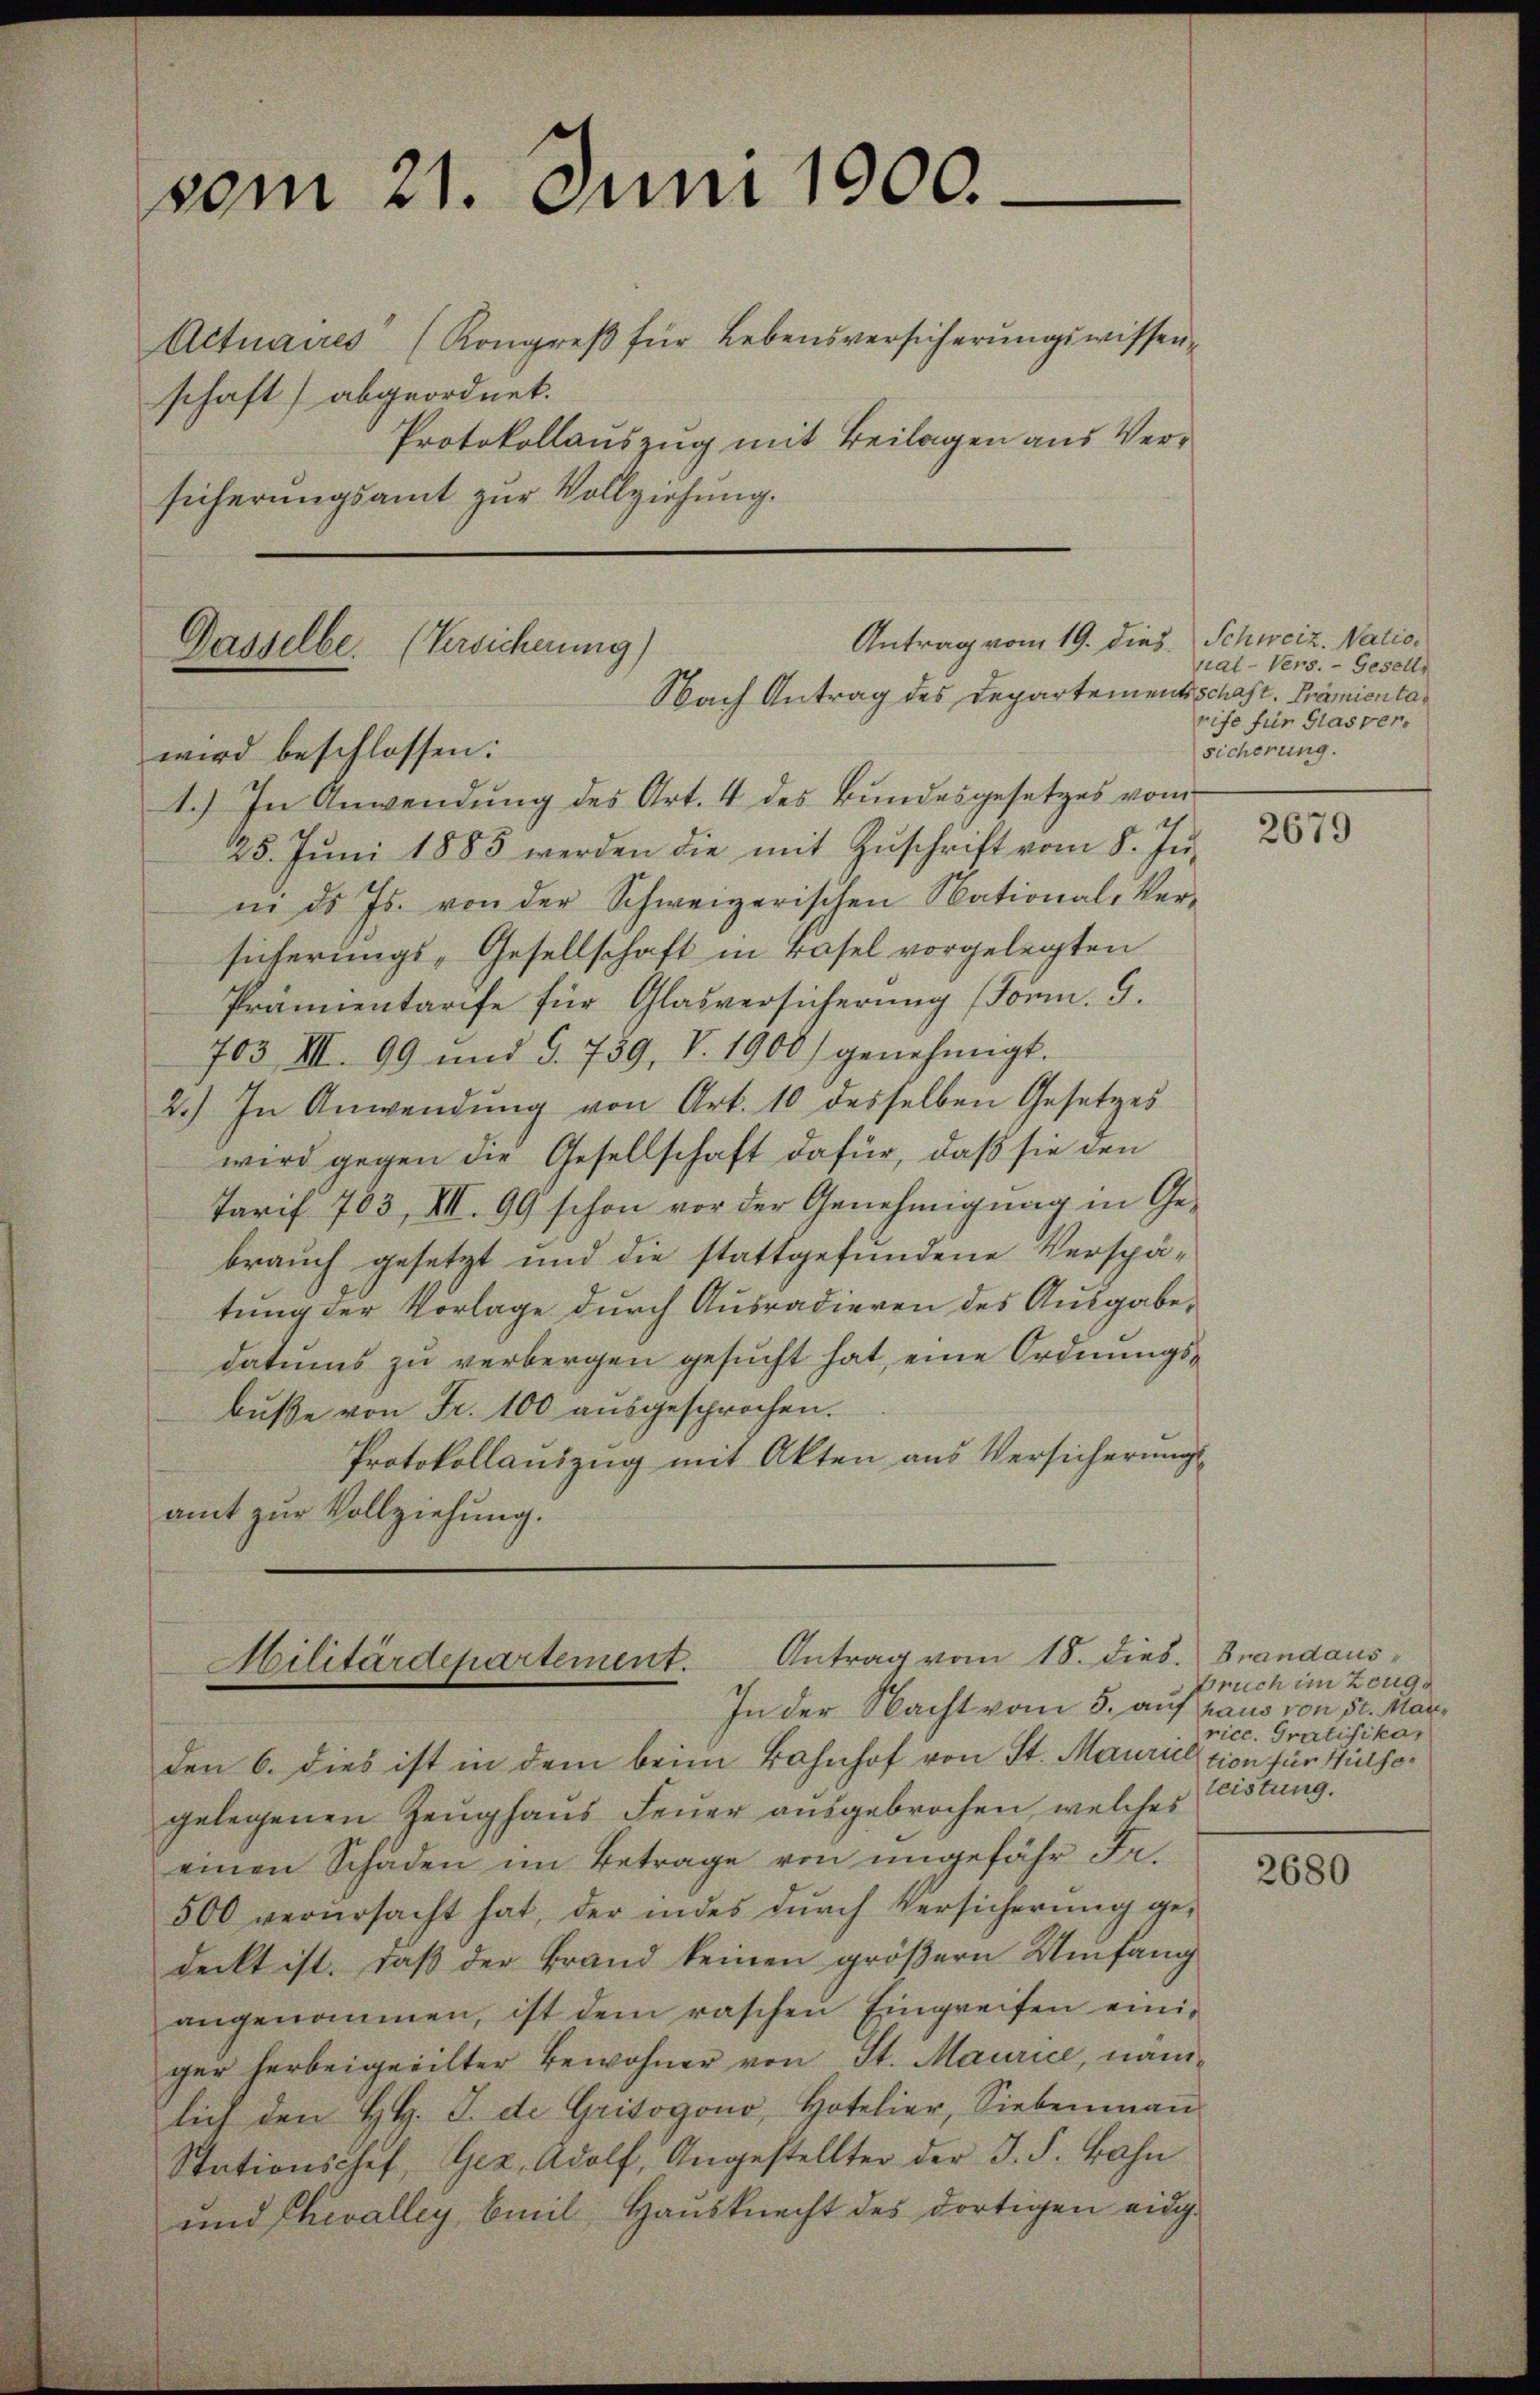
vom 21. Juni 1900.

Actuaires (Kongreβ für Lebensversicherŭngswissen-
schaft) abgeordnet.
Protokollauszug mit Beilagen aus Versicherungsamt zur Vollziehung.

Antrag vom 19. dies. Schweiz. Natio¬
Gasselbe. (Versicherung)
Nach Antrag des Departementschaft. Prämientawird beschlossen:

1.) In Anwendung des Art. 4 des Bundesgesetzes vom
25. Jŭni 1885 werden die mit Zŭschrift vom 8. Jŭ-
in ds Js. von der Schweizerischen National-Ver-
sicherungs-Gesellschaft in Basel vorgelegten
Prämientarife für Glasversicherung (Form. G.
703 VIII. 99 und §. 759, V. 1900) genehmigt.
2.) In Anwendung von Art. 10 desselben Gesetzes
wird gegen die Gesellschaft dafür, daß sie den
Tarif 703, XII. 99 schon vor der Genehmigung in Ge-
brauch gesetzt und die stattgefundene Verspätung der Vorlage durch Ausradieren des Ausgabe,
datums zu verbergen gesucht hat, eine Ordnungsbuße von Fr. 100 ausgesprochen.
Protokollauszug mit Akten aus Versicherungs-
amt zur Vollziehung.

den 6. dies ist in dem beim Bahnhof von St. Mauriektion für Hülsegelegenen Zeughaus Feuer ausgebrochen, welches
einen Schaden im Betrage von ungefähr Fr.
500 verursacht hat, der indes durch Versicherung gedeckt ist, daß der Brand keinen größern Umfang
angenommen, ist dem raschen Eingreifen einiger herbeigeeilter Bewohner von St. Maurice, nämlich den H. H. J. de Grisogono, Hotelier, Siebenman
Stationschef, Gez, Adolf, Angestellter der J. S. Bahn
und Chevalley beil Hausknecht des dortigen eidg.

Antrag vom 18. Dieb. Brandaus
Militärdepartement.
In der Nacht vom 5. auf haus von St. Mar¬

ral-Vers. - Gesells
rife für Glas versicherung.

2679

bruch im Zeugrice. Gratifikar
leistung.

2680